Leaving Certificate Examination, 1916
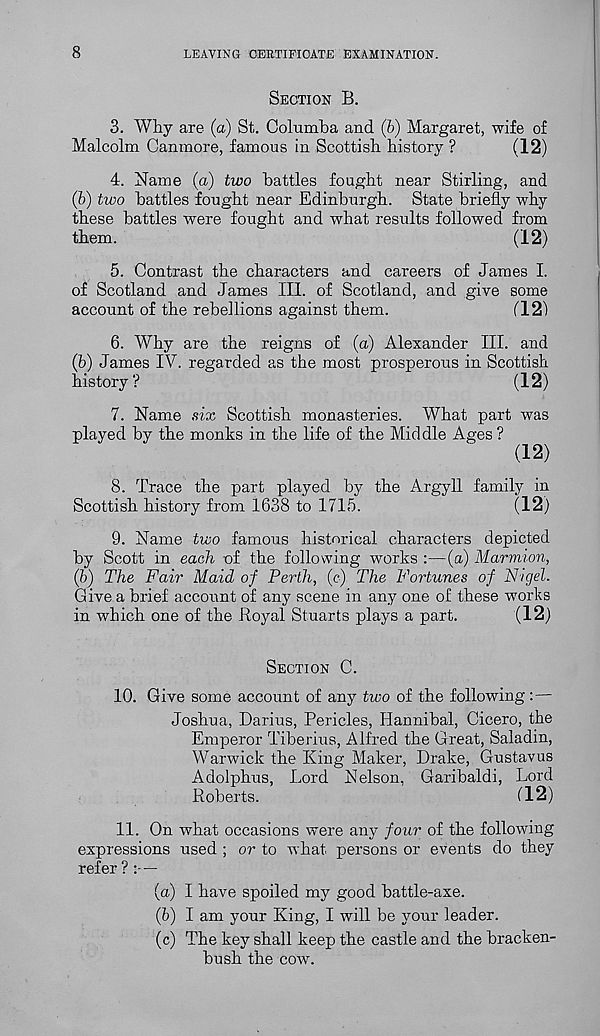
8
LEAVING CERTIFICATE EXAMINATION.
SECTION B.
3. Why are (a) St. Columba and (7>) Margaret, wife of
Malcolm Camnore, famous in Scottish history ?
(12)
4. Name (a) two battles fought near Stirling, and
(b) two battles fought near Edinburgh. State briefly why
these battles were fought and what results followed from
them.
(12)
5. Contrast the characters and careers of James I.
of Scotland and James III. of Scotland, and give some
account of the rebellions against them.
(121
6. Why are the reigns of (a) Alexander III. and
(b) James IV. regarded as the most prosperous in Scottish
history?
(12)
7. Name six Scottish monasteries. What part was
played by the monks in the life of the Middle Ages ?
(12)
8. Trace the part played by the Argyll family in
Scottish history from 1638 to 1715.
(12)
9. Name two famous historical characters depicted
by Scott in each of the following works :—(a) Marmion,
(5) The Fair Maid of Perth, (c) The Fortunes of Nigel.
Give a brief account of any scene in any one of these works
in which one of the Royal Stuarts plays a part.
(12)
SECTION C.
10. Give some account of any two of the following:—
Joshua, Darius, Pericles, Hannibal, Cicero, the
Emperor Tiberius, Alfred the Great, Saladin,
Warwick the King Maker, Drake, Gustavus
Adolphus, Lord Nelson, Garibaldi, Lord
Roberts.
(12)
11. On what occasions were any four of the following
expressions used ; or to what persons or events do they
refer ? :—
(a) I have spoiled my good battle-axe.
(b) I am your King, I will be your leader.
(c) The key shall keep the castle and the bracken-
hush the cow.